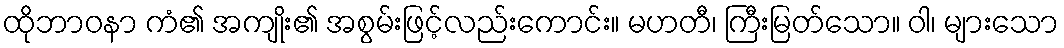
ထိုဘာဝနာ ကံ၏ အကျိုး၏ အစွမ်းဖြင့်လည်းကောင်း။ မဟတီ၊ ကြီးမြတ်သော။ ဝါ၊ များသော